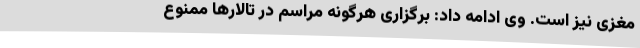
مغزی نیز است. وی ادامه داد: برگزاری هرگونه مراسم در تالارها ممنوع